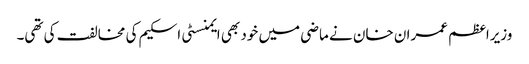
وزیراعظم عمران خان نے ماضی میں خود بھی ایمنسٹی اسکیم کی مخالفت کی تھی۔